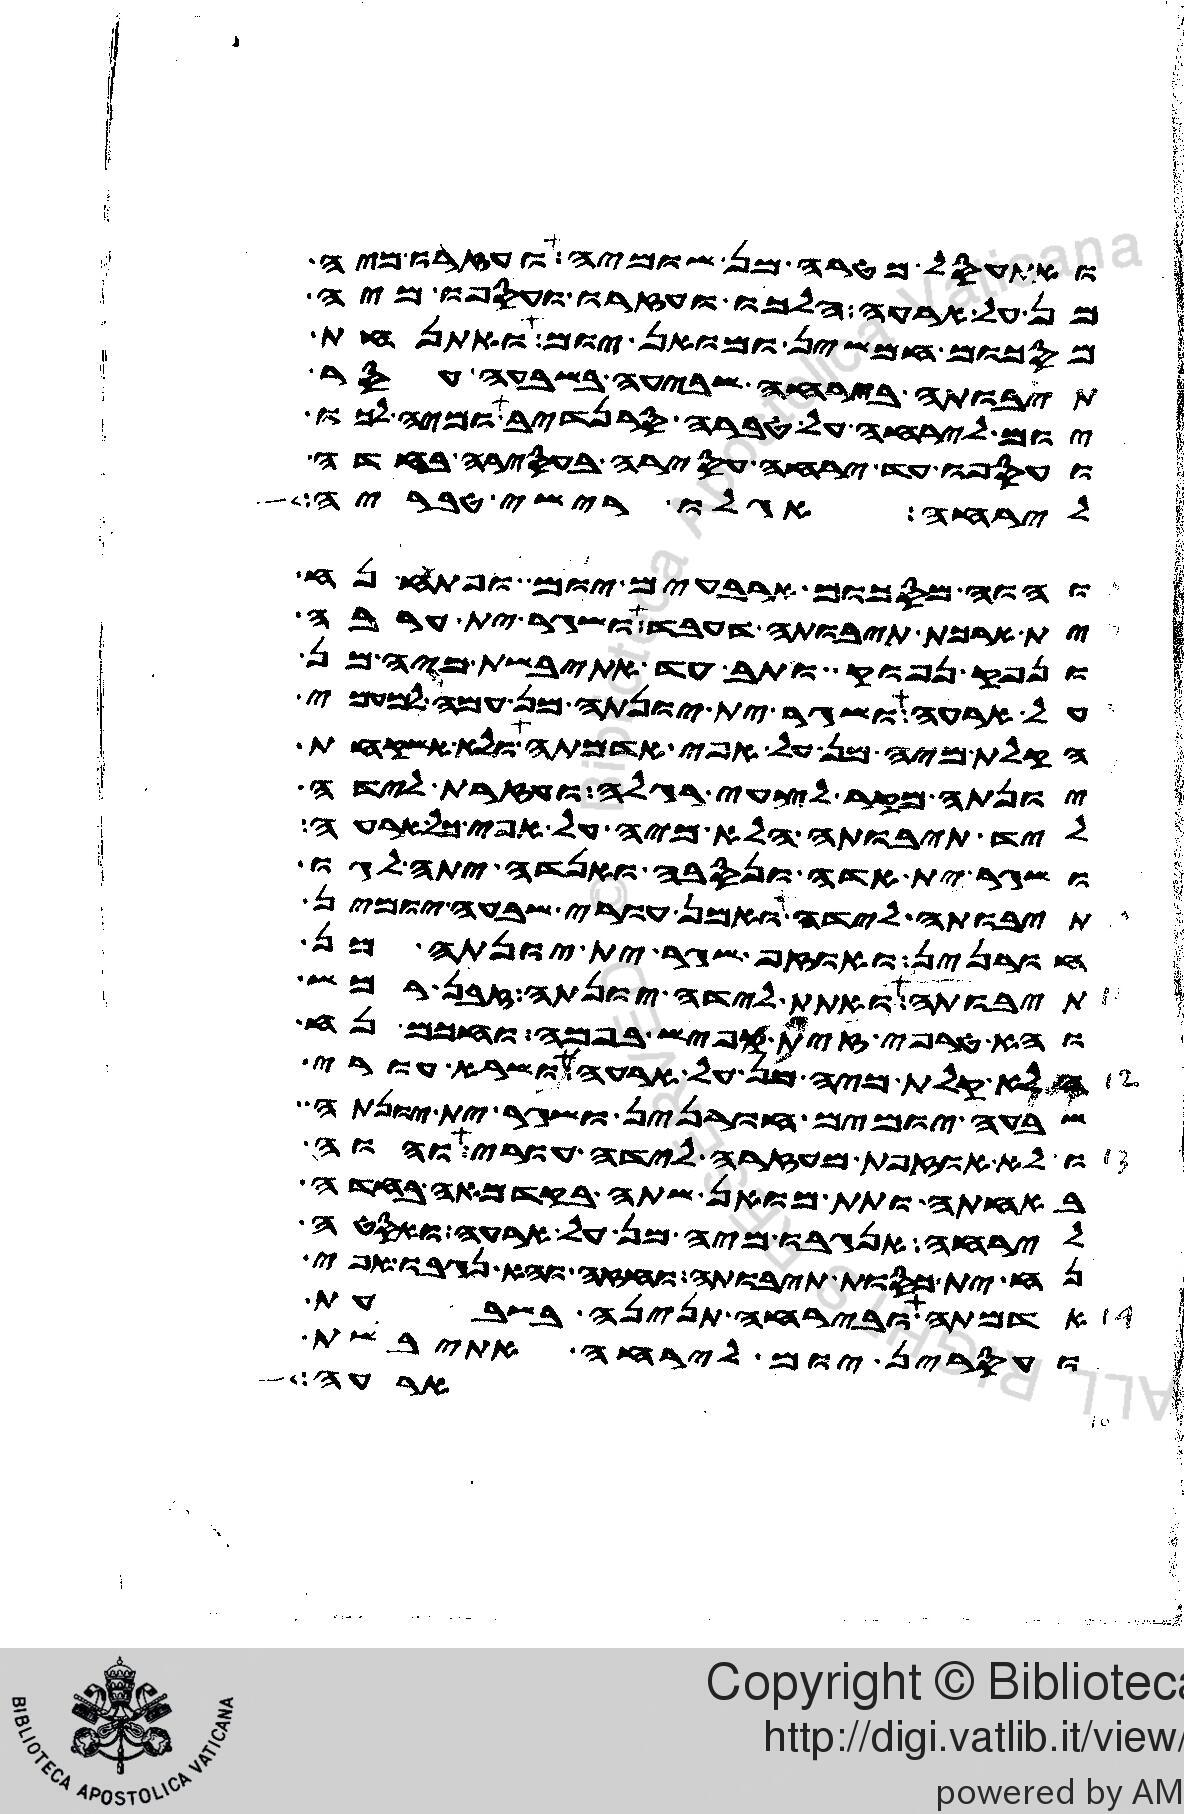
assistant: ואתעסל מטרה מן שומיה ועזרו מיה
מן על ארעה הלכו ועזרו ועספו מיה
מסכום חמשין ומואן יום ואתנחת
תיבותה בירחה שביעה בשבעה עסר
יום לירחה על טברה סרנדיב ומיה לכו
ועספו עד ירחה עסירה בעסירה בחדה
לירחה אגלו רישי טבריה
והוה מסכום ארבעים יום ופתח נח
ית ארכת תיבותה דעבד ושגר ית ערבה
ונפק נפוק ותב עד אתיבשת מיה מן
על ארעה ושגר ית יונתה מן עמה למעמי
הקלת מיה מן על אפי אדמתה ולא אשקחת
יונתה מקר לצעי רגלה ועזרת לידה
ליד תיבותה הלא מיה על אפי כל ארעה
ושגר ית אדה ונסבה ואנדה יתה לגו
תיבותה לידה ואמן עורי שבעה יומין
חורנין ואוזף שגר ית יונתה מן
תיבותה ואתת לידה יונתה זבן רמש
והא טרפי זית קפיש בפמה וחכם נח
הלא קלת מיה מן על ארעה ושרא עורי
שבעה יומים חורנין ושגר ית יונתה
ולא אוזפת מעזרה לידה עורי והוה
באחתה ותת מואן שתה בקדמאה בחדה
לירחה אנגבו מיה מן על ארעה ואסטה
נח ית כסות תיבותה וחזה והא נגבו אפי
אדמתה ובירחה תנינה בשבעת
ועסרין יום לירחה אתיבשת
ארעה